Vaccination report Assam 1896-1927 - 1896-1927
Year: 1896
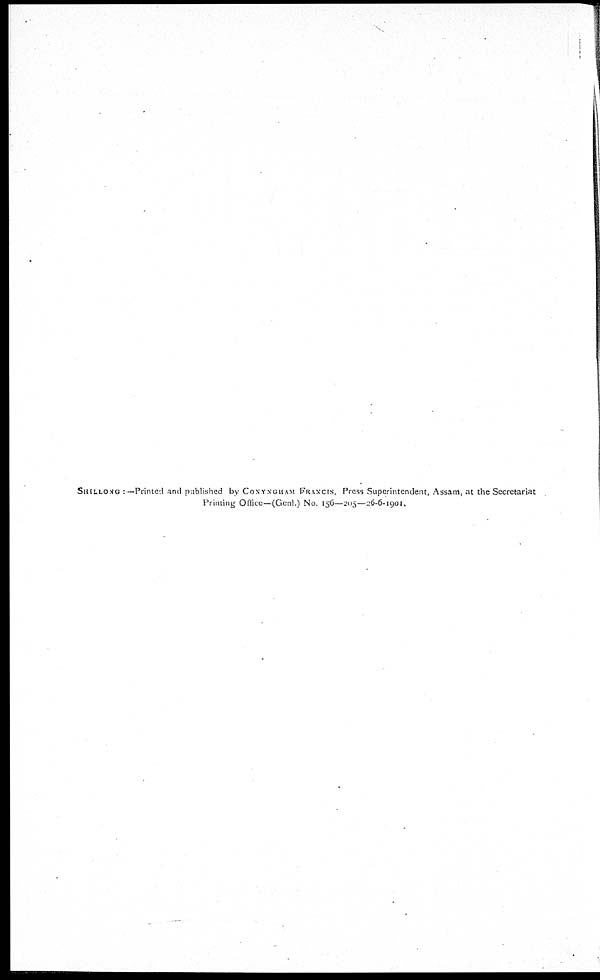
SHILLONG :—Printed and published by CONYNGHAM FRANCIS. Press Superintendent, Assam, at the Secretariat
Printing Office—(Genl.) No. 156—205—26-6-1901.